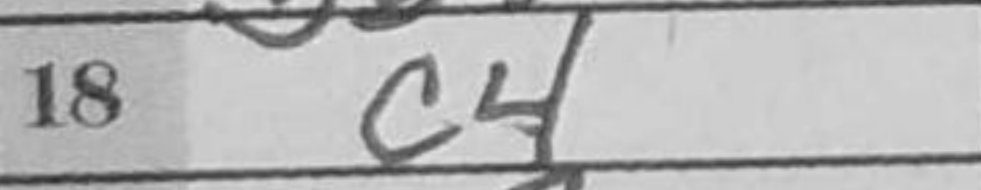
Transcription: c4